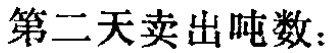
第二天卖出吨数：